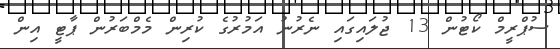
ސުޕްރީމް ކޯޓުން 13 ޖުލައިގައި ނެރުނު އަމުރުގެ ކުރިން މެމްބަރުން ޕާޓީ އިން